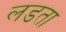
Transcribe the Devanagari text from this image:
लडता